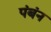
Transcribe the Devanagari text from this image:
पंबंन